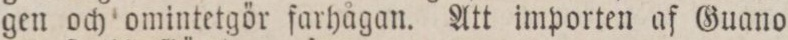
gen och omintetgör farhågan. Att importen af Guano